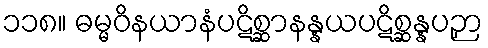
၁၁၈။ ဓမ္မဝိနယာနံပဋိစ္ဆာနန္နယပဋိစ္ဆန္နပဉှာ